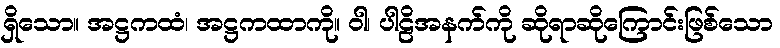
ရှိသော။ အဋ္ဌကထံ၊ အဋ္ဌကထာကို။ ဝါ၊ ပါဠိအနက်ကို ဆိုရာဆိုကြောင်းဖြစ်သော